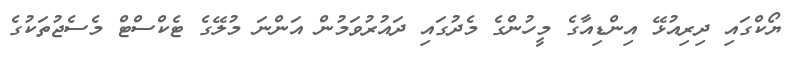
ޔޯކްގައި ދިރިއުޅޭ އިންޑިއާގެ މީހުންގެ މެދުގައި ދައުރުވަމުން އަންނަ މުލޭގެ ޓެކްސްޓް މެސެޖުތަކުގެ